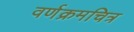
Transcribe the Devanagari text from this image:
वर्णक्रमचित्र